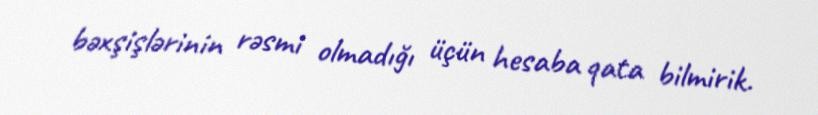
bəxşişlərinin rəsmi olmadığı üçün hesaba qata bilmirik.